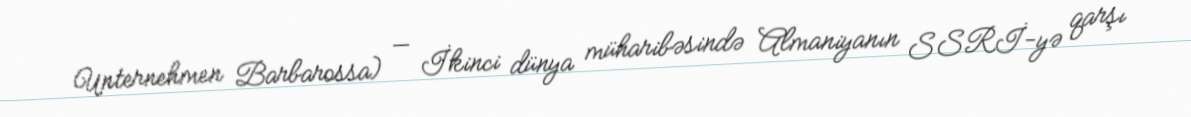
Unternehmen Barbarossa) — İkinci dünya müharibəsində Almaniyanın SSRİ-yə qarşı